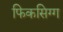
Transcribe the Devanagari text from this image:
फिकसिग्ग